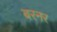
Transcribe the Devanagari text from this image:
बरनर